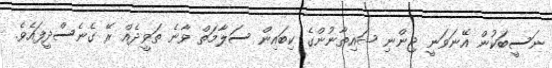
ނަސީބަކުން އޭނަވަނީ ޖިންނި ޝައިތާނުންގެ ކިބައިން ސަލާމަތް ވާނެ ތަވީދެއް ރޭ ގެނެސްދީފައެވެ.